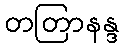
တတြာနန္ဒ